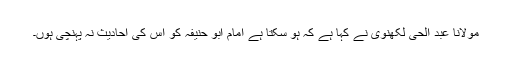
مولانا عبد الحی لکھنوی نے کہا ہے کہ ہو سکتا ہے امام ابو حنیفہؒ کو اس کی احادیث نہ پہنچی ہوں۔